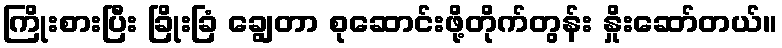
ကြိုးစားပြီး ခြိုးခြံ ချွေတာ စုဆောင်းဖို့တိုက်တွန်း နှိုးဆော်တယ်။